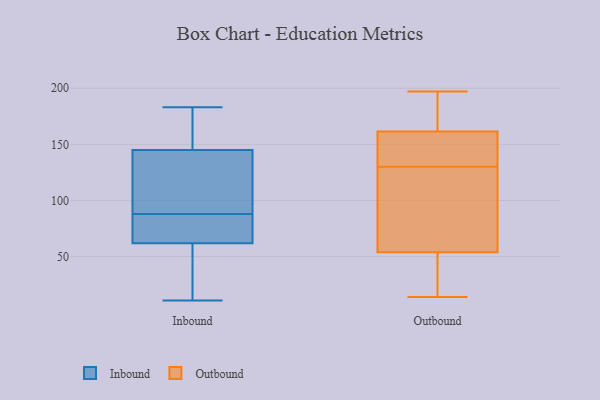
{"axis": {"x": "Population (Million)", "y": "Value"}, "legend": ["Inbound", "Outbound"], "data": [{"x": "", "y": 13, "type": "Inbound"}, {"x": "", "y": 89, "type": "Inbound"}, {"x": "", "y": 72, "type": "Inbound"}, {"x": "", "y": 37, "type": "Inbound"}, {"x": "", "y": 183, "type": "Inbound"}, {"x": "", "y": 87, "type": "Inbound"}, {"x": "", "y": 126, "type": "Inbound"}, {"x": "", "y": 75, "type": "Inbound"}, {"x": "", "y": 62, "type": "Inbound"}, {"x": "", "y": 145, "type": "Inbound"}, {"x": "", "y": 24, "type": "Inbound"}, {"x": "", "y": 134, "type": "Inbound"}, {"x": "", "y": 11, "type": "Inbound"}, {"x": "", "y": 145, "type": "Inbound"}, {"x": "", "y": 80, "type": "Inbound"}, {"x": "", "y": 178, "type": "Inbound"}, {"x": "", "y": 154, "type": "Inbound"}, {"x": "", "y": 180, "type": "Inbound"}, {"x": "", "y": 185, "type": "Outbound"}, {"x": "", "y": 149, "type": "Outbound"}, {"x": "", "y": 55, "type": "Outbound"}, {"x": "", "y": 153, "type": "Outbound"}, {"x": "", "y": 134, "type": "Outbound"}, {"x": "", "y": 53, "type": "Outbound"}, {"x": "", "y": 170, "type": "Outbound"}, {"x": "", "y": 25, "type": "Outbound"}, {"x": "", "y": 197, "type": "Outbound"}, {"x": "", "y": 126, "type": "Outbound"}, {"x": "", "y": 14, "type": "Outbound"}, {"x": "", "y": 61, "type": "Outbound"}]}